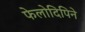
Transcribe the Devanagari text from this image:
फेलोदिपिने